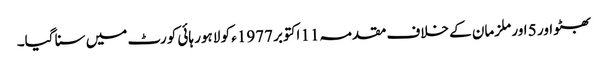
بھٹو اور 5 اور ملزمان کے خلاف مقدمہ11 اکتوبر 1977ء کو لاہور ہائی کورٹ میں سنا گیا۔